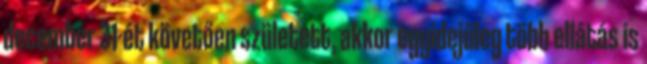
december 31-ét követően született, akkor egyidejűleg több ellátás is